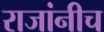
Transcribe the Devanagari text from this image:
राजांनीच